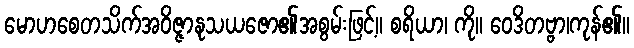
မောဟစေတသိက်အဝိဇ္ဇာနုသယဇော၏အစွမ်းဖြင့်။ စရိယာ၊ ကို။ ဝေဒိတဗ္ဗာ၊ကုန်၏။